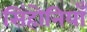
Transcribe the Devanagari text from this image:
सिंहोनियाँ